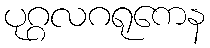
ပုဂ္ဂလဂရုကေန